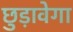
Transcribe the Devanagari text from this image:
छुड़ावेगा